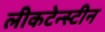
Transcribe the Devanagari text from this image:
लीकटेन्स्टीन